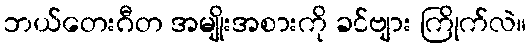
ဘယ်တေးဂီတ အမျိုးအစားကို ခင်ဗျား ကြိုက်လဲ။